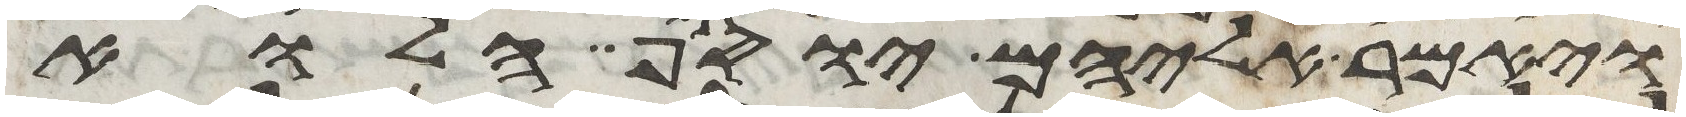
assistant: ויאמר אליהם יוסף הלוא